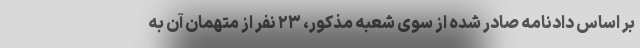
بر اساس دادنامه صادر شده از سوی شعبه مذکور، ۲۳ نفر از متهمان آن به